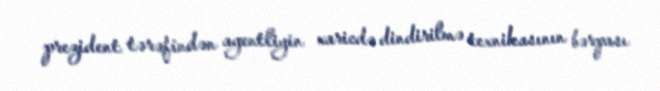
prezident tərəfindən agentliyin xaricdə dindirilmə texnikasının bərpası